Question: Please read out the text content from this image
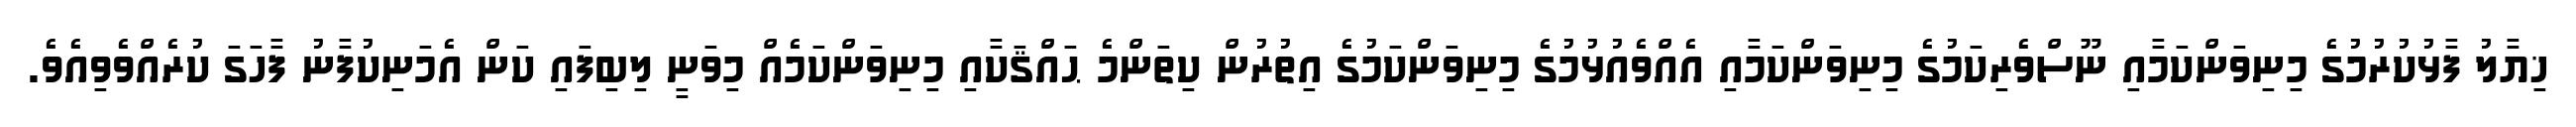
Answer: ޚިޔާލު ފާޅުކުރުމުގެ މިނިވަންކަމާއި ނޫސްވެރިކަމުގެ މިނިވަންކަމާއި އެއްވެއުޅުމުގެ މިނިވަންކަމުގެ އިތުރުން ކިތަންމެ ޙައްޤަކާއި މިނިވަންކަމެއް މިވަނީ ލިބިފައި ކަން އެމަނިކުފާނު ފާހަގަ ކުރެއްވެވިއެވެ.